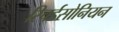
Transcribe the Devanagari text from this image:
रिचर्डसोनियन